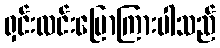
ရှင်းလင်းပြောကြားပါသည်